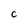
Character: c